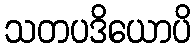
သတပဒိယောပိ